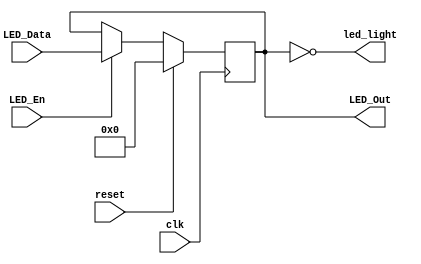
`timescale 1ns / 1ps

module LEDLightDriver(//implements RAM
	output [31:0] led_light,
	input clk,
	input reset,
	input LED_En,
	input [31:0] LED_Data,
	output [31:0] LED_Out
    );

	reg [31:0] LED_Reg;
	assign LED_Out=LED_Reg;
	assign led_light=~LED_Reg;
	
	always@(posedge clk)begin
		if(reset)LED_Reg<=32'b0;
		else if(LED_En)LED_Reg<=LED_Data;
	end

endmodule